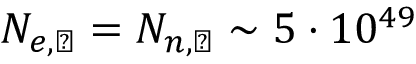
N _ { e , \leftmoon } = N _ { n , \leftmoon } \sim 5 \cdot 1 0 ^ { 4 9 }